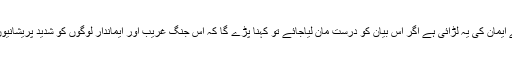
ایماندار اور بے ایمان کی یہ لڑائی ہے اگر اس بیان کو درست مان لیاجائے تو کہنا پڑے گا کہ اس جنگ غریب اور ایماندار لوگوں کو شدید پریشانیوں کا سامنا پڑا ۔